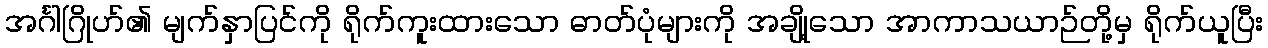
အင်္ဂါဂြိုဟ်၏ မျက်နှာပြင်ကို ရိုက်ကူးထားသော ဓာတ်ပုံများကို အချို့သော အာကာသယာဉ်တို့မှ ရိုက်ယူပြီး